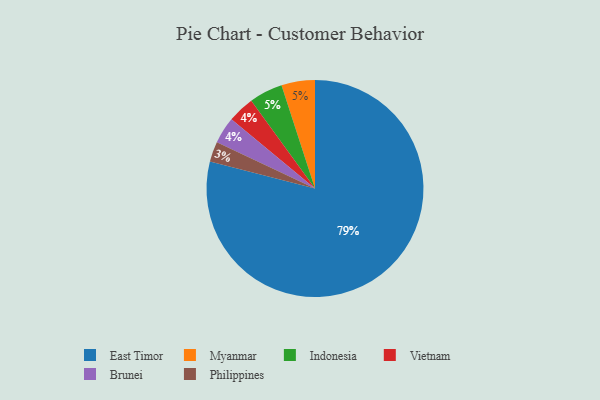
{"axis": {"x": "Category", "y": "Percentage"}, "legend": ["Brunei", "East Timor", "Indonesia", "Myanmar", "Philippines", "Vietnam"], "data": [{"x": "Myanmar", "y": 5, "type": "Myanmar"}, {"x": "Vietnam", "y": 4, "type": "Vietnam"}, {"x": "Brunei", "y": 4, "type": "Brunei"}, {"x": "Philippines", "y": 3, "type": "Philippines"}, {"x": "East Timor", "y": 79, "type": "East Timor"}, {"x": "Indonesia", "y": 5, "type": "Indonesia"}]}